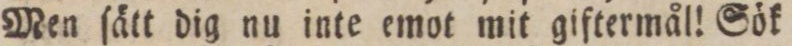
Men ſätt dig nu inte emot mit giftermål! Sök